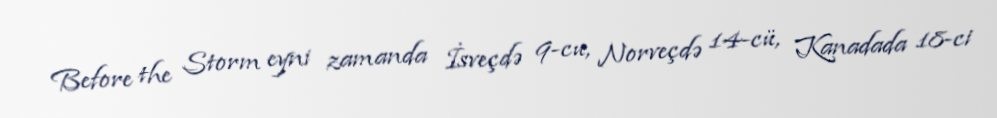
Before the Storm eyni zamanda İsveçdə 9-cu, Norveçdə 14-cü, Kanadada 18-ci